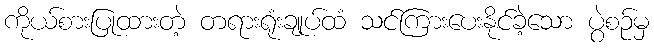
ကိုယ်စားပြုထားတဲ့ တရားရုံးချုပ်ထံ သင်ကြားပေးနိုင်ခဲ့သော ပွဲစဉ်မှ